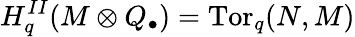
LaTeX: H_{q}^{II}(M\otimes Q_{\bullet})=\operatorname{Tor}_{q}(N,M)